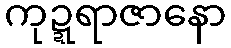
ကုဍ္ဍရာဇာနော